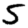
Digit: 5